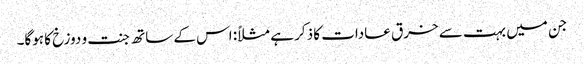
جن میں بہت سے خرق عادات کا ذکر ہے مثلاً: اس کے ساتھ جنت و دوزخ کا ہوگا۔